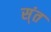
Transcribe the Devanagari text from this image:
स्ंत